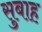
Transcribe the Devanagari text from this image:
सुबाह